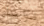
نواصل